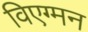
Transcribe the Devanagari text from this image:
विएग्मन